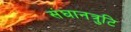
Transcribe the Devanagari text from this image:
संघानत्रुटि